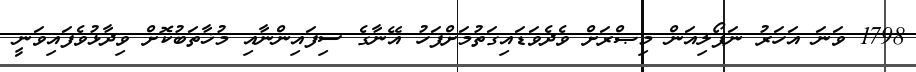
1798 ވަނަ އަހަރު ނަޕޯލިއަން މިޞްރަށް ވެދެވަޑައިގަތުމަށްފަހު އޭނާގެ ސިފައިންނާއި މުޚާތަބުކޮށް ވިދާޅުވެފައިވަނީ